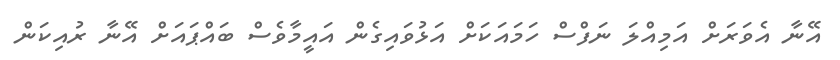
އޭނާ އެވަރަށް އަމިއްލަ ނަފްސް ހަމައަކަށް އަޅުވައިގެން އައީމާވެސް ބައްޕައަށް އޭނާ ރުއިކަން